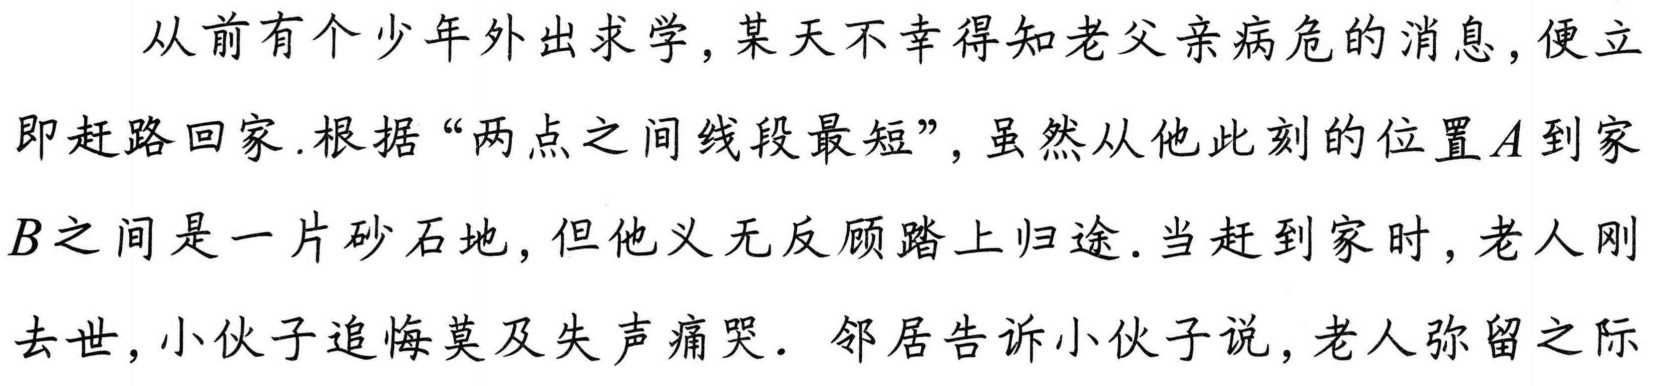
从前有个少年外出求学,某天不幸得知老父亲病危的消息,便立即赶路回家.根据“两点之间线段最短”,虽然从他此刻的位置\(A\)到家\(B\)之间是一片砂石地,但他义无反顾踏上归途.当赶到家时,老人刚去世,小伙子追悔莫及失声痛哭．邻居告诉小伙子说,老人弥留之际